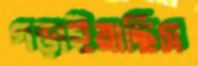
গড়াইয়াছিস